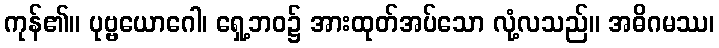
ကုန်၏။ ပုဗ္ဗယောဂေါ၊ ရှေ့ဘဝ၌ အားထုတ်အပ်သော လုံ့လသည်။ အဓိဂမဿ၊